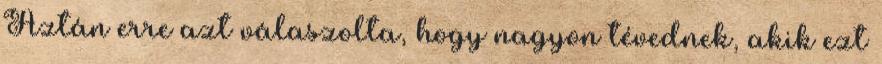
Aztán erre azt válaszolta, hogy nagyon tévednek, akik ezt